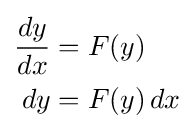
{\begin{aligned}{\frac {dy}{dx}}&=F(y)\\dy&=F(y)\,dx\end{aligned}}